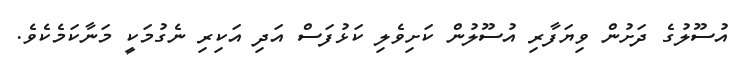
އުސޫލުގެ ދަށުން ވިޔަފާރި އުސޫލުން ކަށިވެލި ކަޅުފަސް އަދި އަކިރި ނެގުމަކީ މަނާކަމެކެވެ.